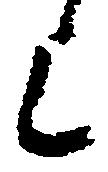
上